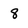
Character: 8